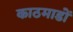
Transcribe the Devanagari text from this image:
काठमाडों